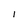
Character: l